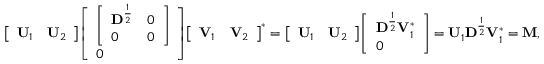
{ \left[ \begin{array} { l l } { \mathbf { U } _ { 1 } } & { \mathbf { U } _ { 2 } } \end{array} \right] } { \left[ \begin{array} { l } { { \left[ \begin{array} { l l } { \mathbf D ^ { \frac { 1 } { 2 } } } & { 0 } \\ { 0 } & { 0 } \end{array} \right] } } \\ { 0 } \end{array} \right] } { \left[ \begin{array} { l l } { \mathbf { V } _ { 1 } } & { \mathbf { V } _ { 2 } } \end{array} \right] } ^ { * } = { \left[ \begin{array} { l l } { \mathbf { U } _ { 1 } } & { \mathbf { U } _ { 2 } } \end{array} \right] } { \left[ \begin{array} { l } { \mathbf { D } ^ { \frac { 1 } { 2 } } \mathbf { V } _ { 1 } ^ { * } } \\ { 0 } \end{array} \right] } = \mathbf { U } _ { 1 } \mathbf { D } ^ { \frac { 1 } { 2 } } \mathbf { V } _ { 1 } ^ { * } = \mathbf { M } ,